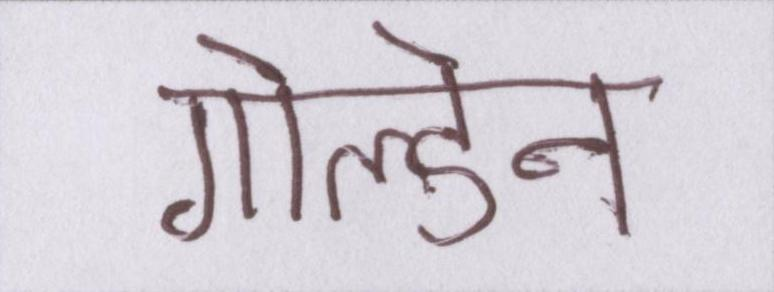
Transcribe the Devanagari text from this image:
गोल्डेन